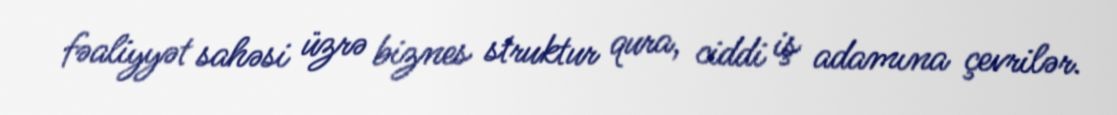
fəaliyyət sahəsi üzrə biznes struktur qura, ciddi iş adamına çevrilər.